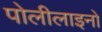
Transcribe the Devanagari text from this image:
पोलीलाइनों